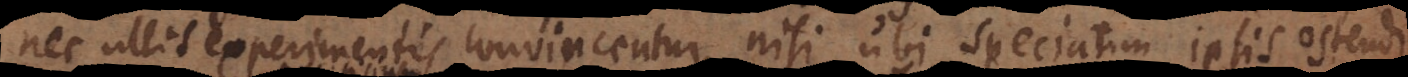
nec ullis experimentis convincentur, nisi ubi speciatim ipsis ostendi